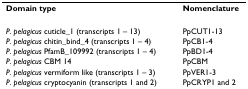
| Domain type | Nomenclature |
 | --- | --- |
 | P. pelagicus cuticle_1 (transcripts 1 – 13) | PpCUT1-13 |
 | P. pelagicus chitin_bind_4 (transcripts 1 – 4) | PpCB1-4 |
 | P. pelagicus PfamB_109992 (transcripts 1 – 4) | PpBD1-4 |
 | P. pelagicus CBM 14 | PpCBM |
 | P. pelagicus vermiform like (transcripts 1 – 3) | PpVER1-3 |
 | P. pelagicus cryptocyanin (transcripts 1 and 2) | PpCRYP1 and 2 |